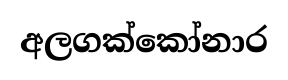
අලගක්කෝනාර